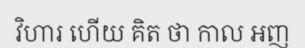
វិហារ ហើយ គិត ថា កាល អញ